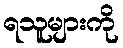
ရသူများကို